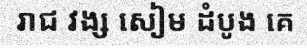
រាជ វង្ស សៀម ដំបូង គេ